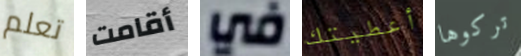
تعلم أقامت في أعطيتك تركوها